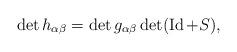
LaTeX: \begin{align*}\det h_{\alpha\beta}=\det g_{\alpha\beta} \det(\operatorname{Id}+S),\end{align*}